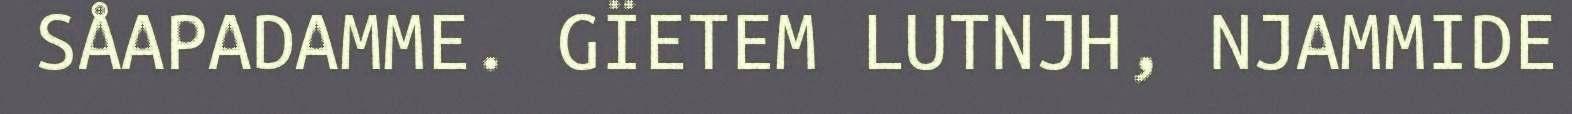
SÅAPADAMME. GÏETEM LUTNJH, NJAMMIDE